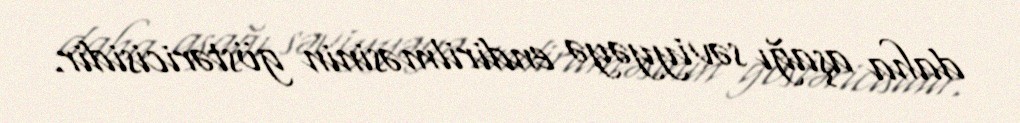
daha aşağı səviyyəyə endirilməsinin göstəricisidir.